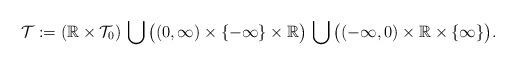
LaTeX: \begin{align*}\mathcal{T} := (\mathbb{R} \times \mathcal{T}_0) \, \bigcup \, \bigl((0,\infty) \times \{-\infty\} \times \mathbb{R}\bigr) \, \bigcup \, \bigl((-\infty,0) \times \mathbb{R} \times \{\infty\}\bigr).\end{align*}